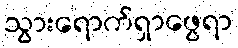
သွားရောက်ရှာဖွေရာ